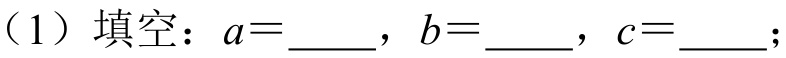
（1）填空：\(a = \underline{\quad}\)，\(b = \underline{\quad}\)，\(c = \underline{\quad}\);